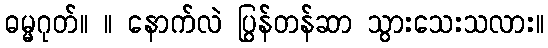
ဓမ္မဂုတ်။ ။ နောက်လဲ ပြွန်တန်ဆာ သွားသေးသလား။